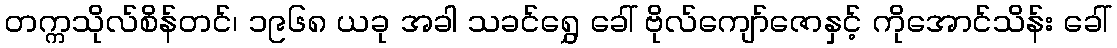
တက္ကသိုလ်စိန်တင်၊ ၁၉၆၈ ယခု အခါ သခင်ရွှေ ခေါ် ဗိုလ်ကျော်ဇောနှင့် ကိုအောင်သိန်း ခေါ်